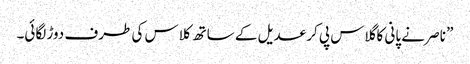
” ناصر نے پانی کا گلاس پی کر عدیل کے ساتھ کلاس کی طرف دوڑ لگائی۔